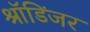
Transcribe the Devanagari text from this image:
श्रॉडिंजर